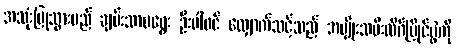
အသုံးပြုသွားမည် ချမ်းသာမရွေး ဦးပါဝင် လျှောက်သင့်သည် အမျိုးသမီးလိဂ်ပြိုင်ပွဲကို